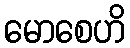
မောစေဟိ